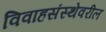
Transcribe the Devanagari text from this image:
विवाहसंस्थेवरील